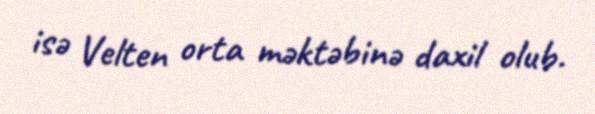
isə Velten orta məktəbinə daxil olub.